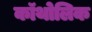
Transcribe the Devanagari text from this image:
कॉथोलिक